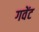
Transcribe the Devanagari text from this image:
गवेंट